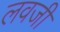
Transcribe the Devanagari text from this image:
लवजी